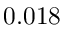
0 . 0 1 8